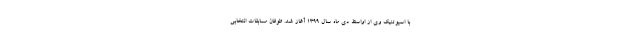
با اسپوتنیک وی از اواسط دی ماه سال ۱۳۹۹ آغاز شد. طوفان مسابقات انتخابی